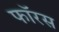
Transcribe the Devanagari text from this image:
फॉरस